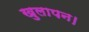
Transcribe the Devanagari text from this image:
खुलापन।